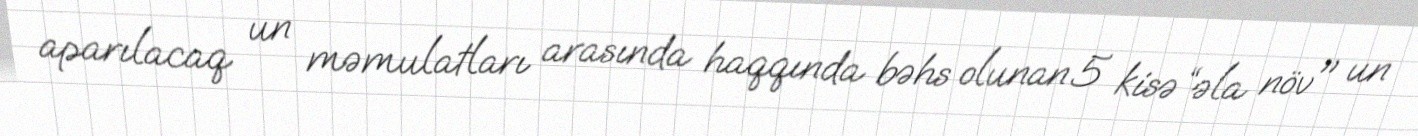
aparılacaq un məmulatları arasında haqqında bəhs olunan 5 kisə “əla növ" un